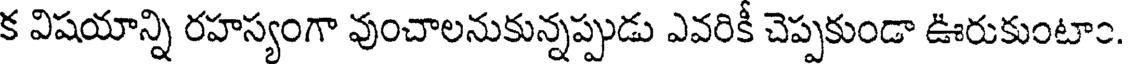
క విషయాన్ని రహస్యంగా వుంచాలనుకున్నప్పుడు ఎవరికీ చెప్పకుండా ఊరుకుంటాం